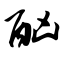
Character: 酗